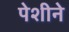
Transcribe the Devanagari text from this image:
पेशीने